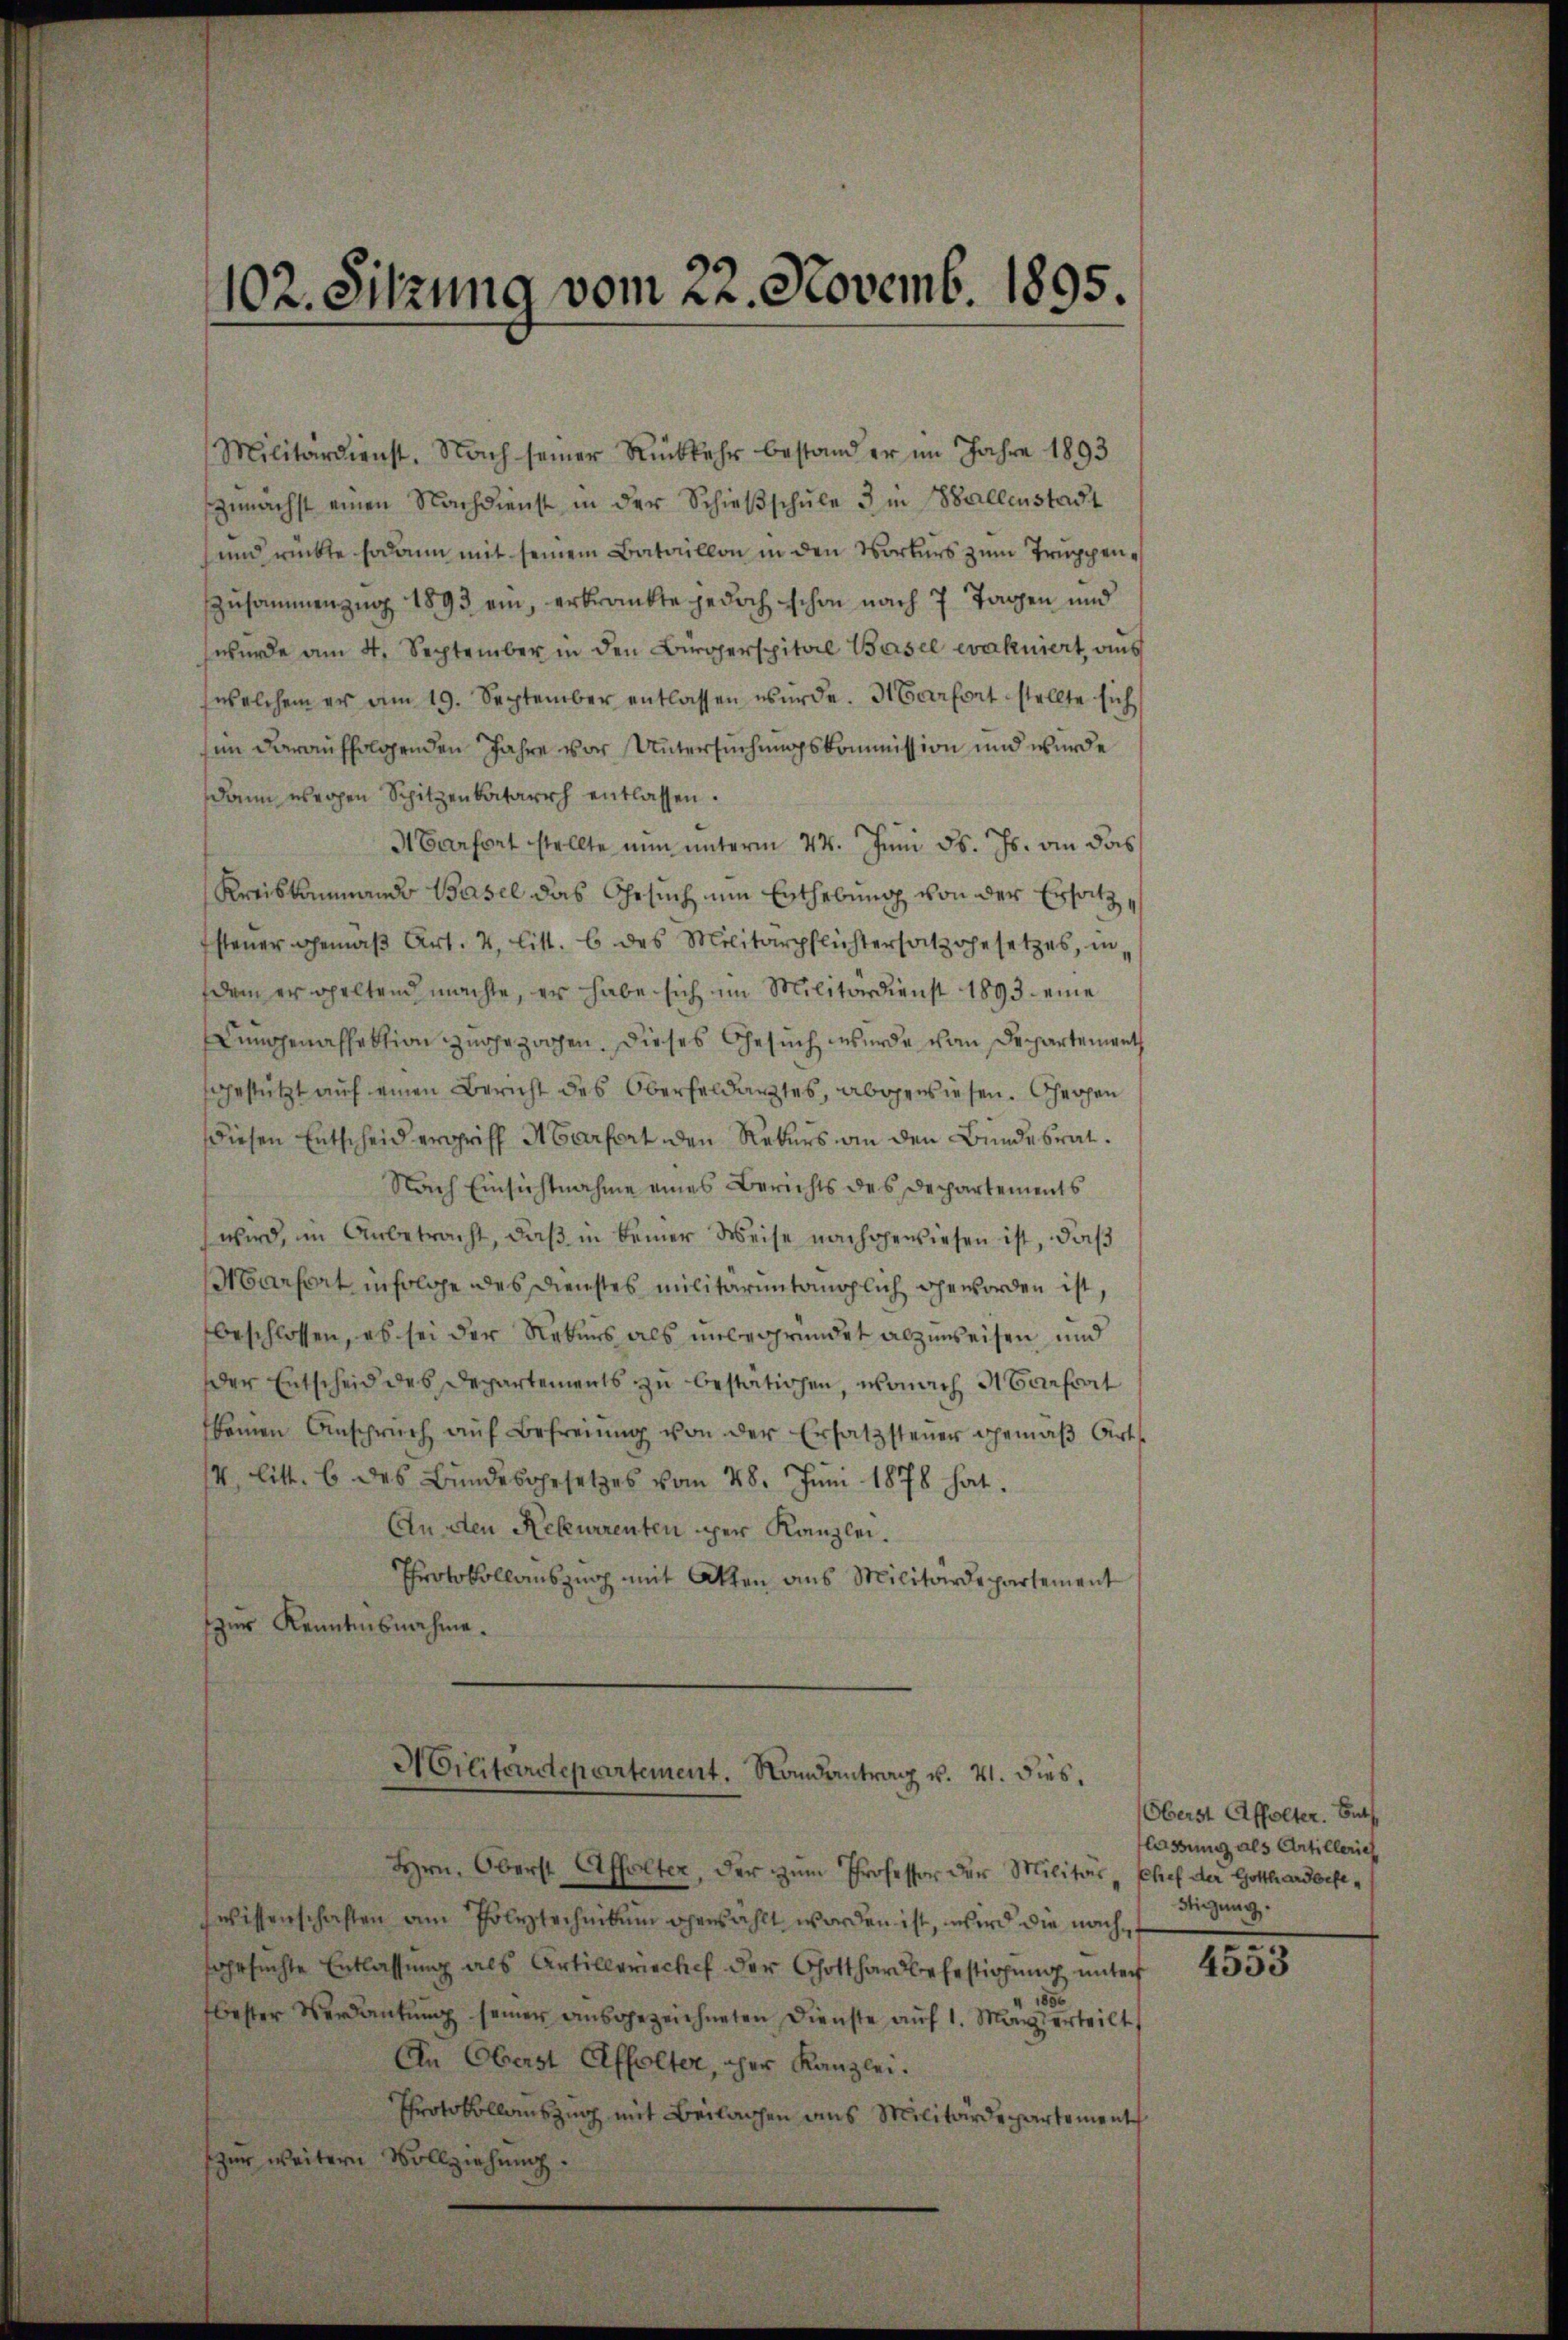
102. Sitzung vom 22. Novemb. 1895.

Militärdienst. Nach seiner Rückkehr bestand er im Jahre 1893
zŭnächst einen Nachdienst in der Schieβschŭle 3 in Ballenstadt
und rückte sodann mit seinem Bataillon in den Vorkurs zum Truppenzusammenzug 1893 ein, erkrankte jedoch schon nach 7 Tagen und
wurde am 4. September in den Bürgerspital Basel evakuiert, aus
welchem er am 19. September entlassen würde. Marfort stellte sich
sin darauffolgenden Jahre vor Untersuchungskommission und wurde
dann wegen Spitzenbatarrh entlassen.
Aarfort stellte nun unterm 24. Juni d. Js. an das
Kreiskommando Basel das Ersuch nun Enthebung von der Ersatz
steuer gemäβ Art. 4, litt. 6 des Militärpflichtersatz gesetzes, in
dem er seltend machte, er habe sich im Militärdienst 1893. eine
Lungenaffektion zugezogen. Dieses Gesuch werde von Departement
fgestützt auf einen Bericht des Oberfeldarztes, abgewiesen. Ghergen
diesen Entscheid ergriff Abarfort den Rekurs an den Bundesrat.
Nach Einsichtnahme eines Berichts des Departements
wird, im Anbetracht, daß in keiner Weise nachgewiesen ist, daß
Marfort infolge des Dienstes militärintanzlich geworden ist,
beschlossen, es sei der Rekurs als unbegründet abzuweisen und
der Entscheid des Departements zu bestätigen, wonach Manfrat
keinen Anspruch aŭf Befreiung von der Ersatzsteŭer gemäβ Art
4 litt. b des Bundesgesetzes vom 28. Juni 1878 hat.
An den Rekurrenten her Kanzlei.
Protokollauszug mit Akten aus Militärdepartement
zur Kenntnisnahme.
Militärdepartement. Mandantrag v. 21. dies
Hrn. Oberst Affolter, der zum Professor der Militär-Chef der Gotthardorfewissenschaften am Polytechnikum gewählt worden ist, wird die nachsgesuchte Entlassung als Artilleriechef der Gotthardbebestirung unter
1856
bester Verdantŭng seiner aŭsgezeichneten Dienste aŭf 1. May erteilt,
An Oberst Affolter, cher Kanzlei.
Protokollauszug mit Beilagen aus Militärdepartement
zur weitern Vollziehung.

Oberst Affolter. Butt
lassung als Artillerich
digung.

4553